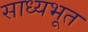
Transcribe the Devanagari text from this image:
साध्यभूत